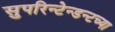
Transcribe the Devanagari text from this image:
सुपरिन्टेन्डन्टच्या